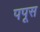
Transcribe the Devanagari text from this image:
पपूस